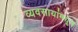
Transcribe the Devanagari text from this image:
व्यवसायांमधून